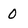
Character: 0